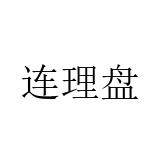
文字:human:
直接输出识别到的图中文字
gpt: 连理盘